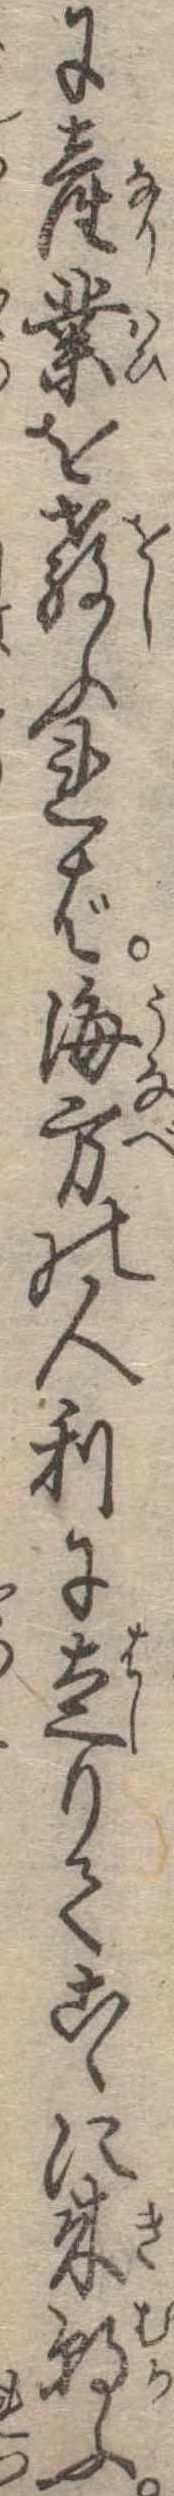
に産業を教ふれば海方の人利に走りてこゝに来朝ふ